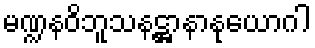
မဏ္ဍနဝိဘူသနဋ္ဌာနာနုယောဂါ